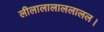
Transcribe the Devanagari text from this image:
लीलालालाललालल।